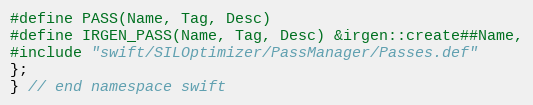
Language: C++
#define PASS(Name, Tag, Desc)
#define IRGEN_PASS(Name, Tag, Desc) &irgen::create##Name,
#include "swift/SILOptimizer/PassManager/Passes.def"
};
} // end namespace swift